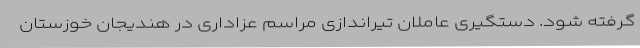
گرفته شود. دستگیری عاملان تیراندازی مراسم عزاداری در هندیجان خوزستان